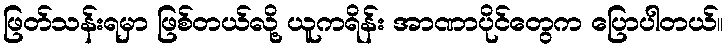
ဖြတ်သန်းရမှာ ဖြစ်တယ်လို့ ယူကရိန်း အာဏာပိုင်တွေက ပြောပါတယ်။